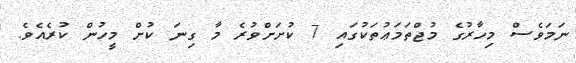
ނަމަވެސް މިހާރުގެ މުޖްތަމަޢުތަކުގައި 7 ކުށަށްވުރެ މާ ގިނަ ކުށް މީހުން ކުރެއެވެ.